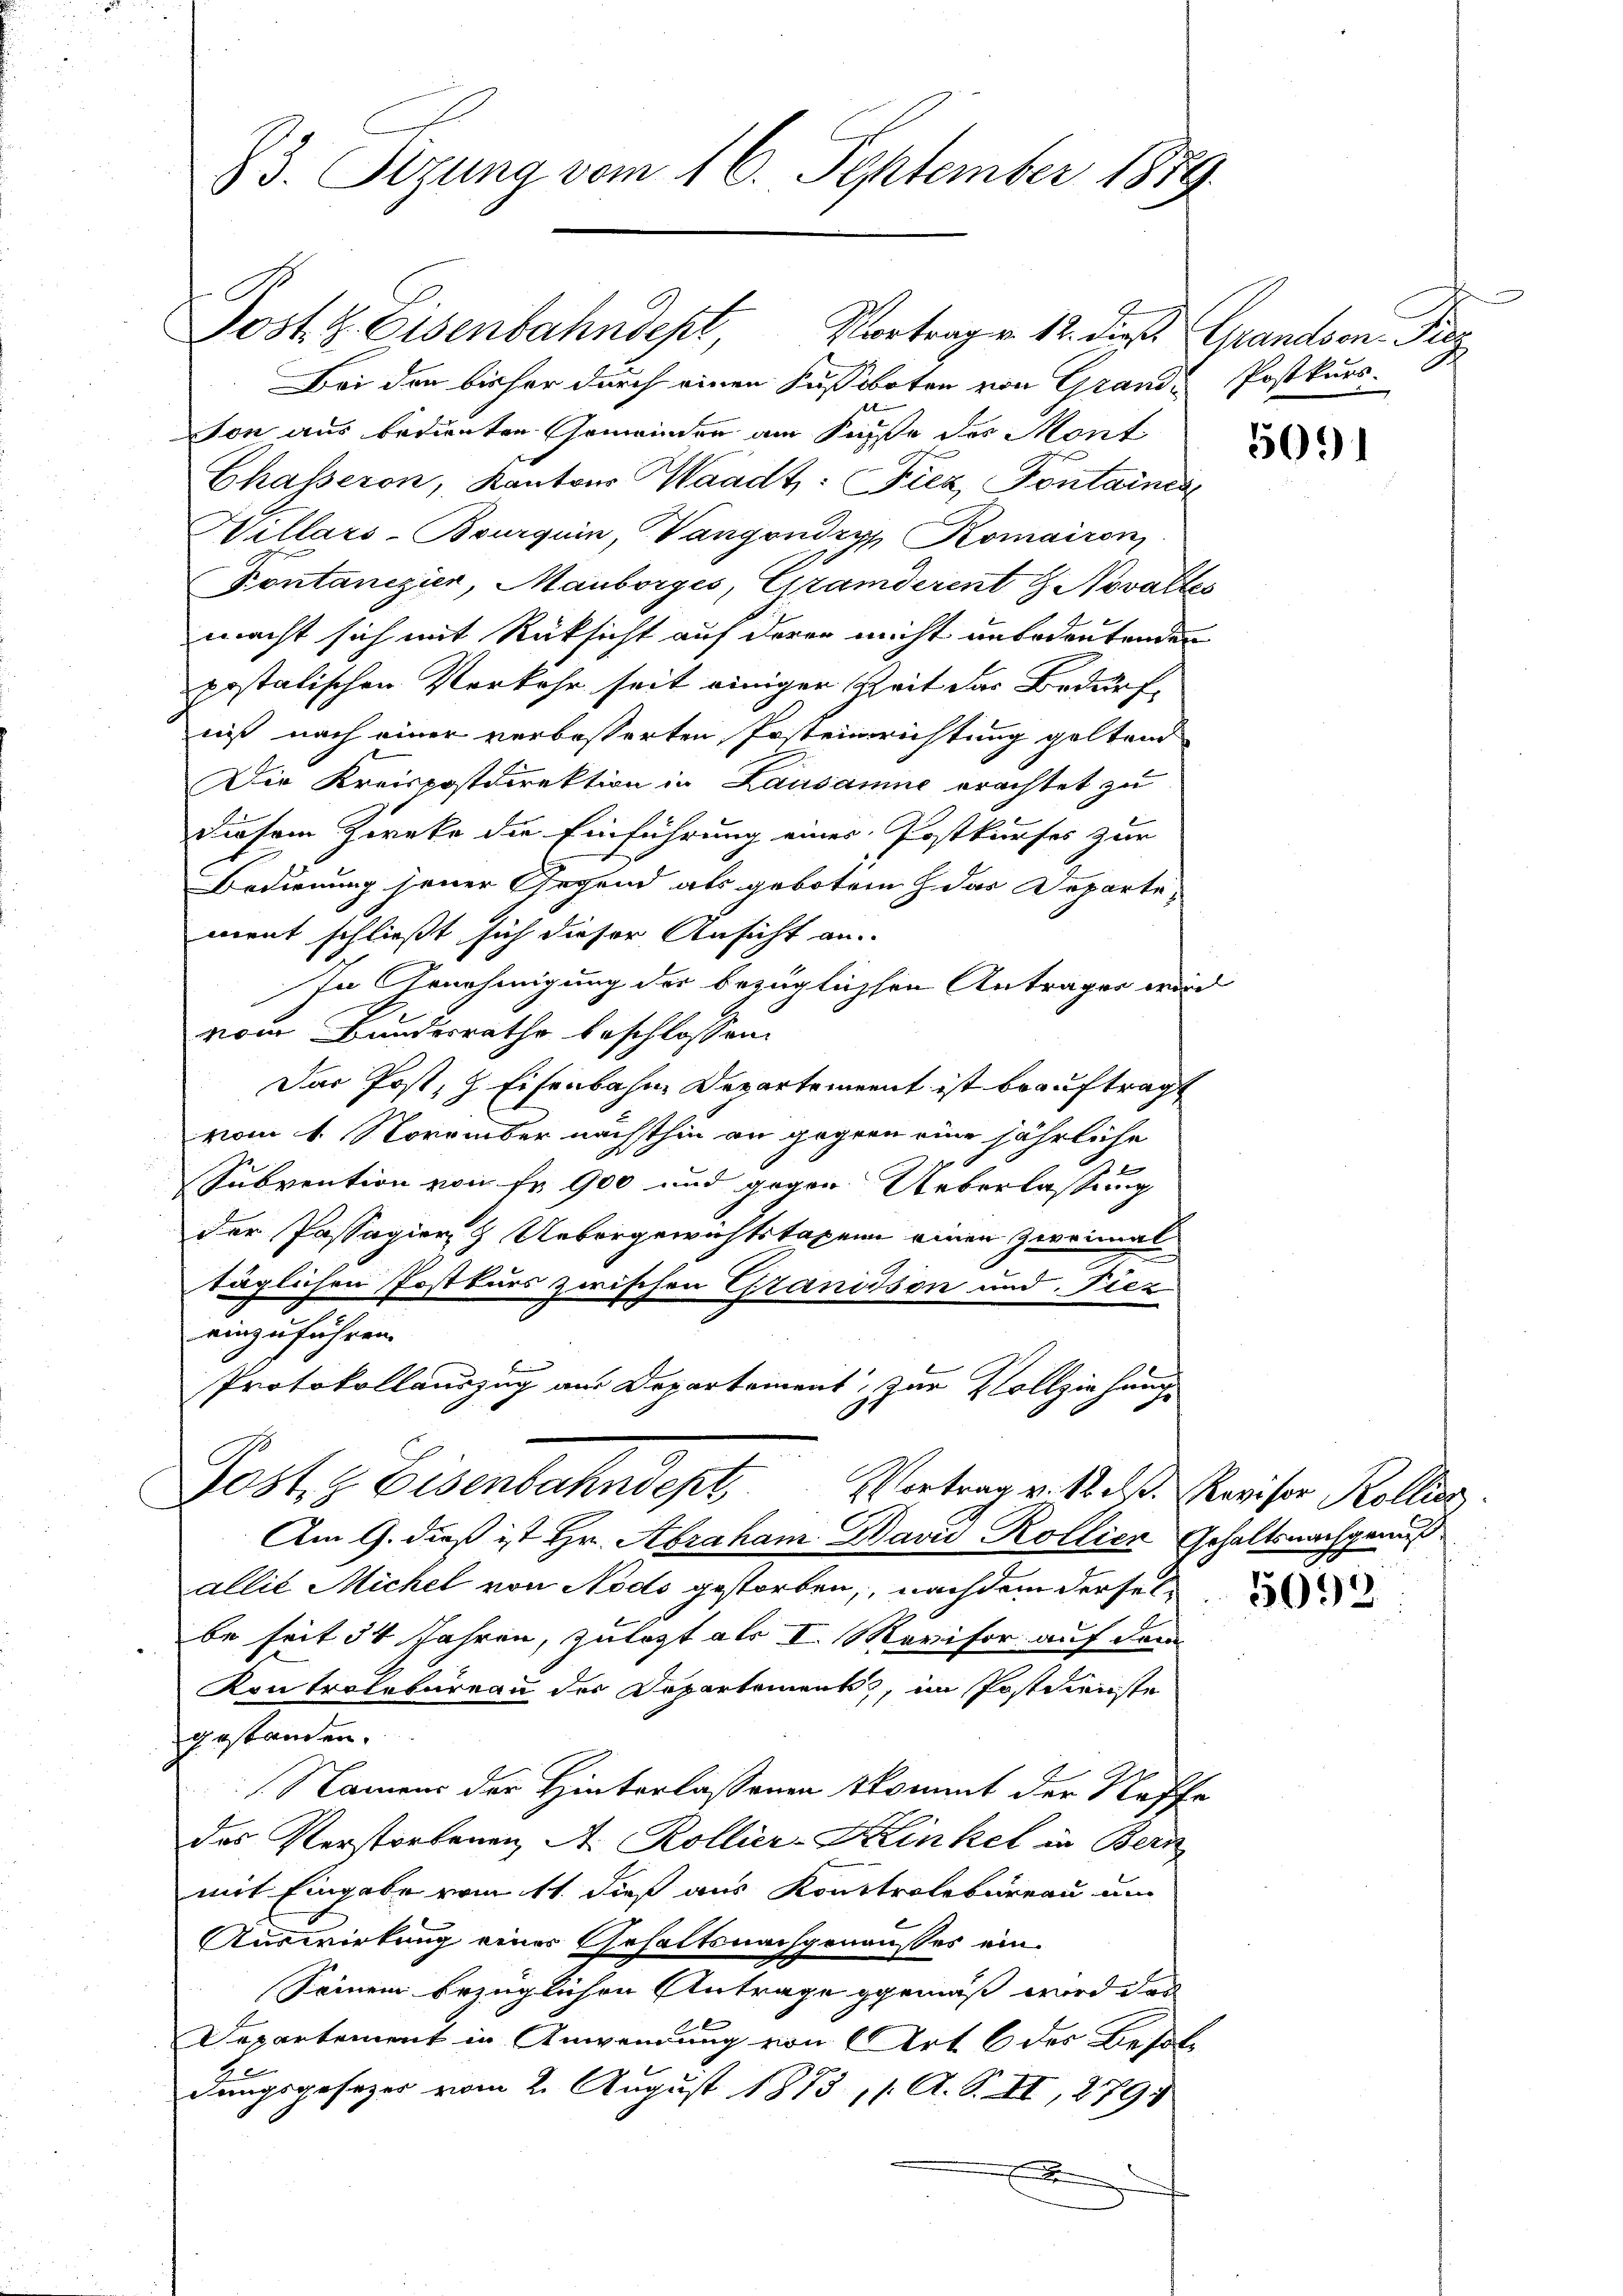
73. Sizung vom 16. September 1889.

Post z. Eisenbahndept, Vortrag. 12. dieß Grandson Piz

Bei den bisher durch einen Fussboten von Grand. Postkurs-
son aus bedienten Gemeinder am Kaufe des Mont
Chasseron, Kantons Waadt: Fiez, Pontaines
Hillars-Bourquin, Vangondzyp Romairon
Kontanizier, Mauborges, Granderent 9. Novalles
macht sich mit Rücksicht auf derer nicht unbedeutenden
postatischen Verkehr seit einiger Zeit der Beding
niß nach einer verbesserten Posteinrichtung geltend
Die Kreispostdirektion in Lausanne erachtet zu
diesem Zwecke die Einführung eines Postkurses zur
Bedienung jener Gegend als geboten das Departe,
ment schließt sich dieser Ansicht an.
In Genehmigung der bezüglichsen Anträger wird
vom Bundesrathe beschlossen:
Das Post, 7 Eisenbahne Departement ist beauftragt
vom 1. November nächsthin an gegenn eine jährliche
Subvention von Fr. 900 und gegen Ueberlassung
der Passagier & Uebergewichtstaxen einen Zweimal
täglichen Postkurs zwischen Granidson und Fiez
einzuführen.
Protokollauszug aus Departement, zur Vollziehung
Post 1 Eisenbahndept
Vortrag v. Stils. Revisor Kollier
Am 9. dieß ist Hr. Abraham David Kollier Gehaltsnachgenuß
allie Michel von Nodo gestorben, nachdem derselbe seit 34 Jahren, zulezt als I. Mavisor auf dem
Kontroletareau des Departements, im Postdienste
gestanden.
Namens der Hinterlassenen kommt der Neffe
das Verstorbenen A. Kollier-Kinkel in Bern
mit Eingabe vom 11. dieß aus Kontrolbureau un
Auswirkung einer Gehaltsnachgenausses ein¬
Seinem bezüglichen Antrage gemäß wird das
Departement in Anwendung von Art. 6 des Besoldungsgesezes vom 2. August 1875, 1. A. S. II, 2791
E

509

5093